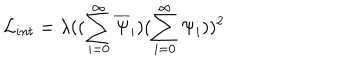
{ \cal L } _ { i n t } = \lambda ( ( \sum _ { i = 0 } ^ { \infty } \overline { { { \Psi } } } _ { i } ) ( \sum _ { i = 0 } ^ { \infty } \Psi _ { i } ) ) ^ { 2 }